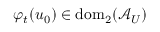
\varphi _ { t } ( u _ { 0 } ) \in \mathrm { d o m } _ { 2 } ( \mathcal { A } _ { U } )